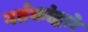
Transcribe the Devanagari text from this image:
नर्तकांद्वारे